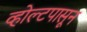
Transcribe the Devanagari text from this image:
व्होल्टपासून